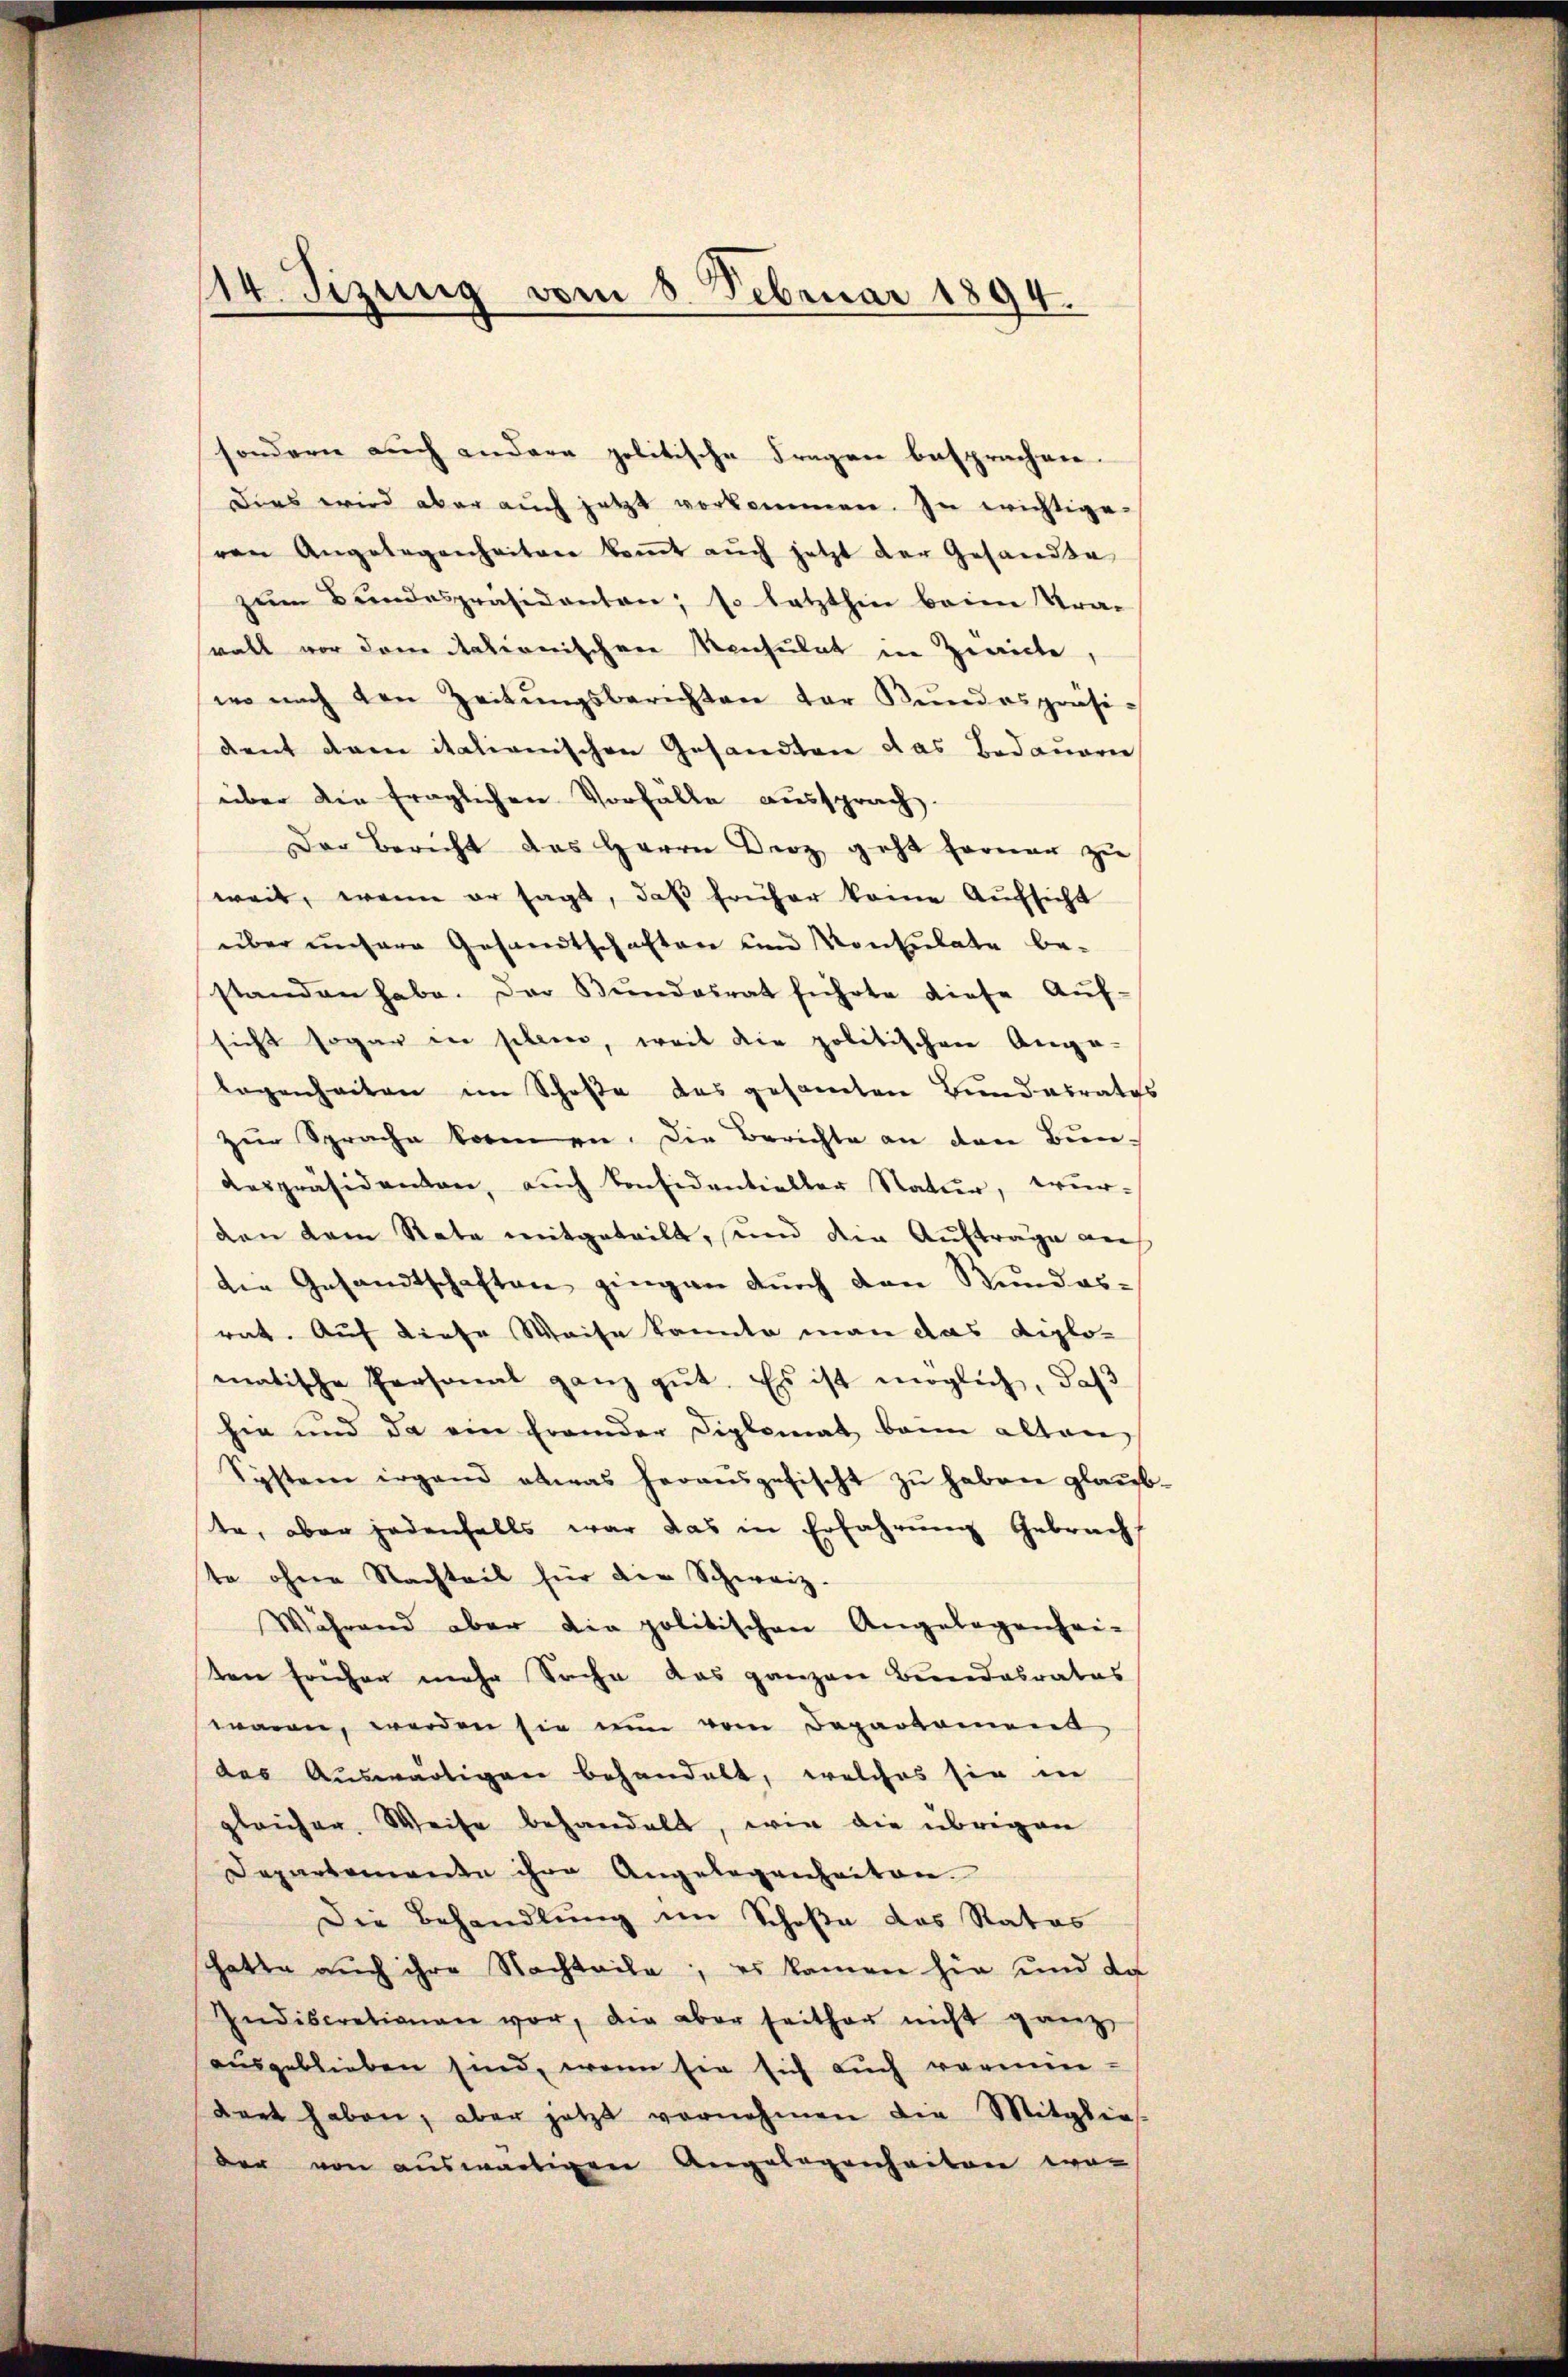
114. Tizung vom 8. Februar 1894.

sondern auch andere politische Fragen besprachen.
Dies wird aber auch jetzt vorkommen. In wichtige
von Angelegenheiten kommt auch jetzt der Gesandte
zum Bundespräsidenten; so letzthin beim Kra-
walt vor dem Nationischere Konsulat in Zwicke,
wo nach den Zeitŭngsberichten der Kundespräsident dann italienischen Gesandten das Bedaueren
über die fraglichen Vorfälle aussprach.
Der Bericht das Herrn Droz geht ferner zu
weil, wenn er sagt, daß früher keine Aufsicht
über unsere Gesandtschaften und Konsulate be-
standen habe. Der Bŭndesrat führte diese Auf-
sicht sogar in siben, weil die politischen Ange-
legenheiten im Schoße des gesamten Bundesrates
zur Sprache können. Die Berichte an den Bien-
despräsidenten, auch konsidentieller Natur, wur-
den dem Rate mitgeteilt, und die Auftrage aus
die Gesandtschaften gingen durch den Stundes-
rat. Auf diese Weise kannte man das Diplomatische Personal ganz gut. Es ist möglich, daß
hie und da ein fremder Diplomat beim alten
System irgend etwas herausgesischt zŭ haben glaub-
te, aber jedenfalls war das in Erfahrung Gebrach
te ohne Nachteil für die Schweiz.
Während aber die politischen Angelegenhei-
ten früher mehr Sache das ganzen Bundesrates
waren, werden sie nun vom Departament
das Auswärtigen behandelt, welches sie in
gleicher Weise behandelt, wie die übrigen
Departemenden ihre Angelegenheiten.
Die Behandlung im Schoße das Rates
hatte auch ihre Nachteile; es kamen hie und da
Indiscretionen vor, die aber seither nicht ganz
ausgeblieben sind, wenn sie sich auch vermin
dert haben, aber jetzt vornehmen die Mitglief
der von auswärtigen Angelegenheiten wor